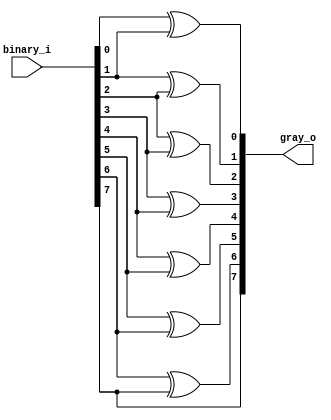
`timescale 1ns / 1ps

/**
 * A gray encoder implementation.
 */
module gray_encoder #(parameter WIDTH=8)(
    input [WIDTH-1:0] binary_i,
    output [WIDTH-1:0] gray_o
    );
  
  genvar i;
  
  wire [WIDTH-1:0] encoder_out;
  
  assign gray_o = encoder_out;
  
  for (i = 0; i < WIDTH-1; i = i + 1)
  begin: gray_expansion
    assign encoder_out[i] = binary_i[i] ^ binary_i[i+1];
  end
  assign encoder_out[WIDTH-1] = binary_i[WIDTH-1];

endmodule